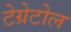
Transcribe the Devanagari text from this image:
टेग्रेटोल